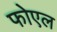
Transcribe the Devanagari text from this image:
फोएल